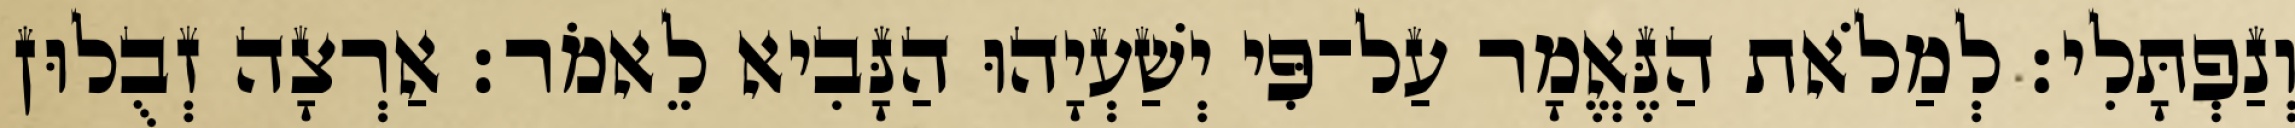
וְנַפְתָּלִי׃ לְמַלֹאת הַנֶּאֱמָר עַל־פִּי יְשַׁעְיָהוּ הַנָּבִיא לֵאמֹר׃ אַרְצָה זְבֻלוּן